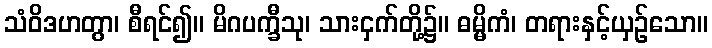
သံဝိဒဟတွာ၊ စီရင်၍။ မိဂပက္ခီသု၊ သားငှက်တို့၌။ ဓမ္မိကံ၊ တရားနှင့်ယှဉ်သော။